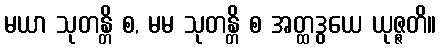
မယာ သုတန္တိ စ, မမ သုတန္တိ စ အတ္ထဒွယေ ယုဇ္ဇတိ။